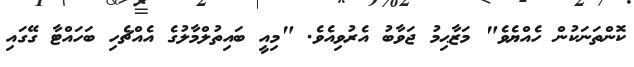
ކޮންތަނަކުން ހެއްޔެވެ" މަޒާޙިމު ޖަވާބު އެރުވިއެވެ. "މިއީ ބައިތުލްމާލުގެ އެއްޗެހި ބަހައްޓާ ގޭގައި